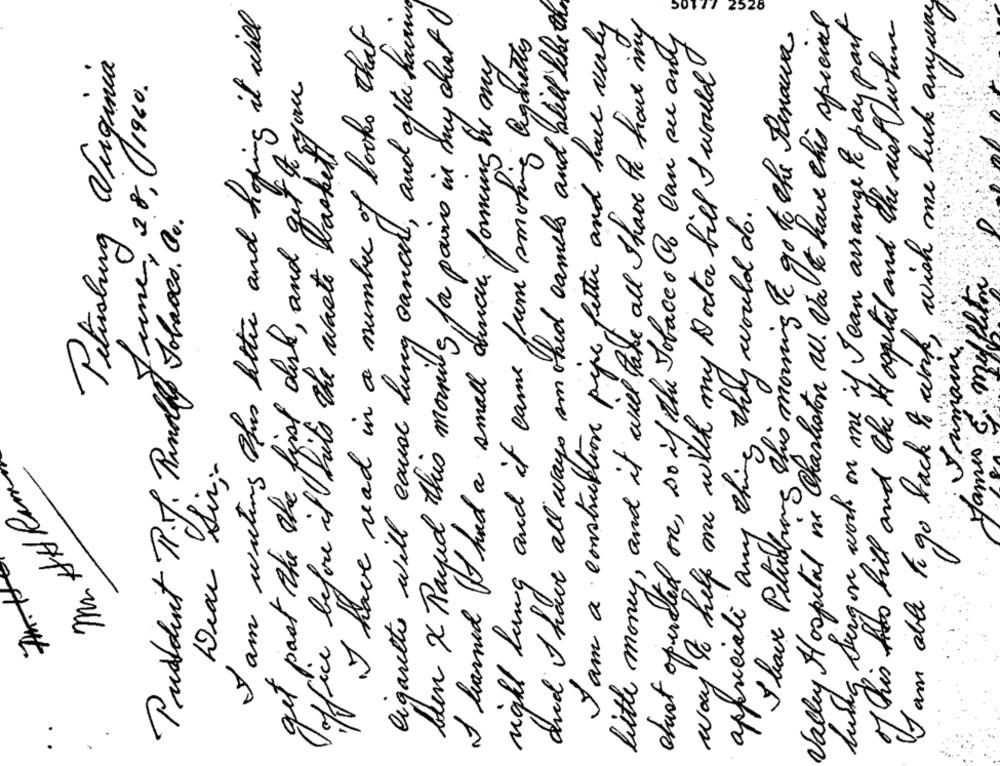
Cigarettes will cause lung cancer, and after hourwe
and I have all ways smoked camels and still like the
I am able to go back to work, wish me luck anyway
I am waiting Thus hitte and hoping it will
ben & Rayed this morning, far pains in my chest
2528
Valley Hospital in Charleston W. Va to have this special
lung surgon work on one if Ican arrange to pay part
I have read in a number of books that
I am a construction pipe fetter and have verly
bitte money , and it will take all Ihave to have my
of this has bill and the Hospital and the west when
dust operated on, so if the Tobacco Co can see any
I have Petidbring This morning To go to the Pinaux
way to help me with my Doctor bill I would
right lung and it came from smoking beganetles
I harned I had a small dencie forming the my
Petrolung Vuginia
June, 28, /1960.
get past the the first did, and get to your
office before it hits the waste baskets
appreciate any thing they would do .
Product R.J. Rundlly Jobaoco. Co.
James 6. milletin
s nimam.
Dear Sir ;-
Mr AHR
7M.